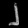
Digit: ၂